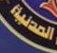
المدنية